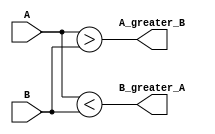
module magnitude_comparator (
	input [7:0] A,
	input [7:0] B,
	output A_greater_B,
	output B_greater_A
);

assign A_greater_B = (A > B);
assign B_greater_A = (A < B);

endmodule